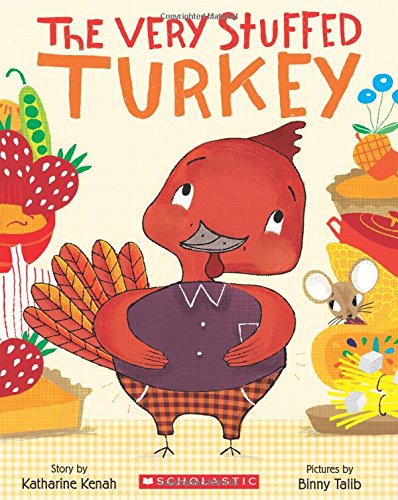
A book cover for The Very Stuffed Turkey; Katharine Kenah; Children's Books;